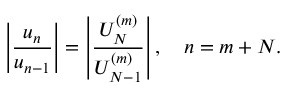
\left| \frac { u _ { n } } { u _ { n - 1 } } \right| = \left| \frac { U _ { N } ^ { ( m ) } } { U _ { N - 1 } ^ { ( m ) } } \right| , \quad n = m + N .